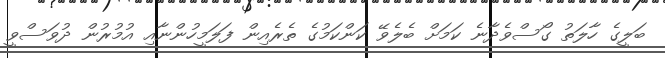
ބަލީގެ ހާލަތު ގޯސްވެދާނެ ކަމަށް ބެލެވޭ ކަންކަމުގެ ތެރެއިން ފަލަމީހުންނާއި އުމުރުން ދުވަސްވީ